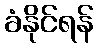
ခံနိုင်ရန်